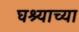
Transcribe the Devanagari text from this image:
घश्याच्या